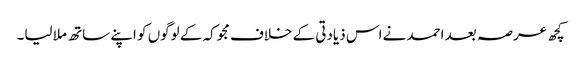
کچھ عرصہ بعد احمد نے اس ذیادتی کے خلاف مجوکہ کے لوگوں کو اپنے ساتھ ملا لیا۔